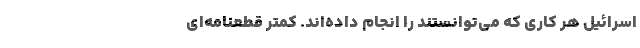
اسرائیل هر کاری که می‌توانستند را انجام داده‌اند. کمتر قطعنامه‌ای